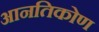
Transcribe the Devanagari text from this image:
आनतिकोण